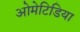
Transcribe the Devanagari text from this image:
ओमेटिडिया